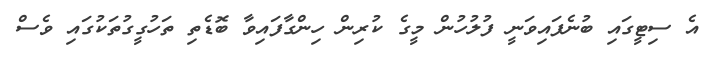
އެ ސިޓީގައި ބުނެފައިވަނީ ފުލުހުން މީގެ ކުރިން ހިންގާފައިވާ ބޮޑެތި ތަހުގީގުތަކުގައި ވެސް